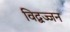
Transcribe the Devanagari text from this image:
विद्बज्जन